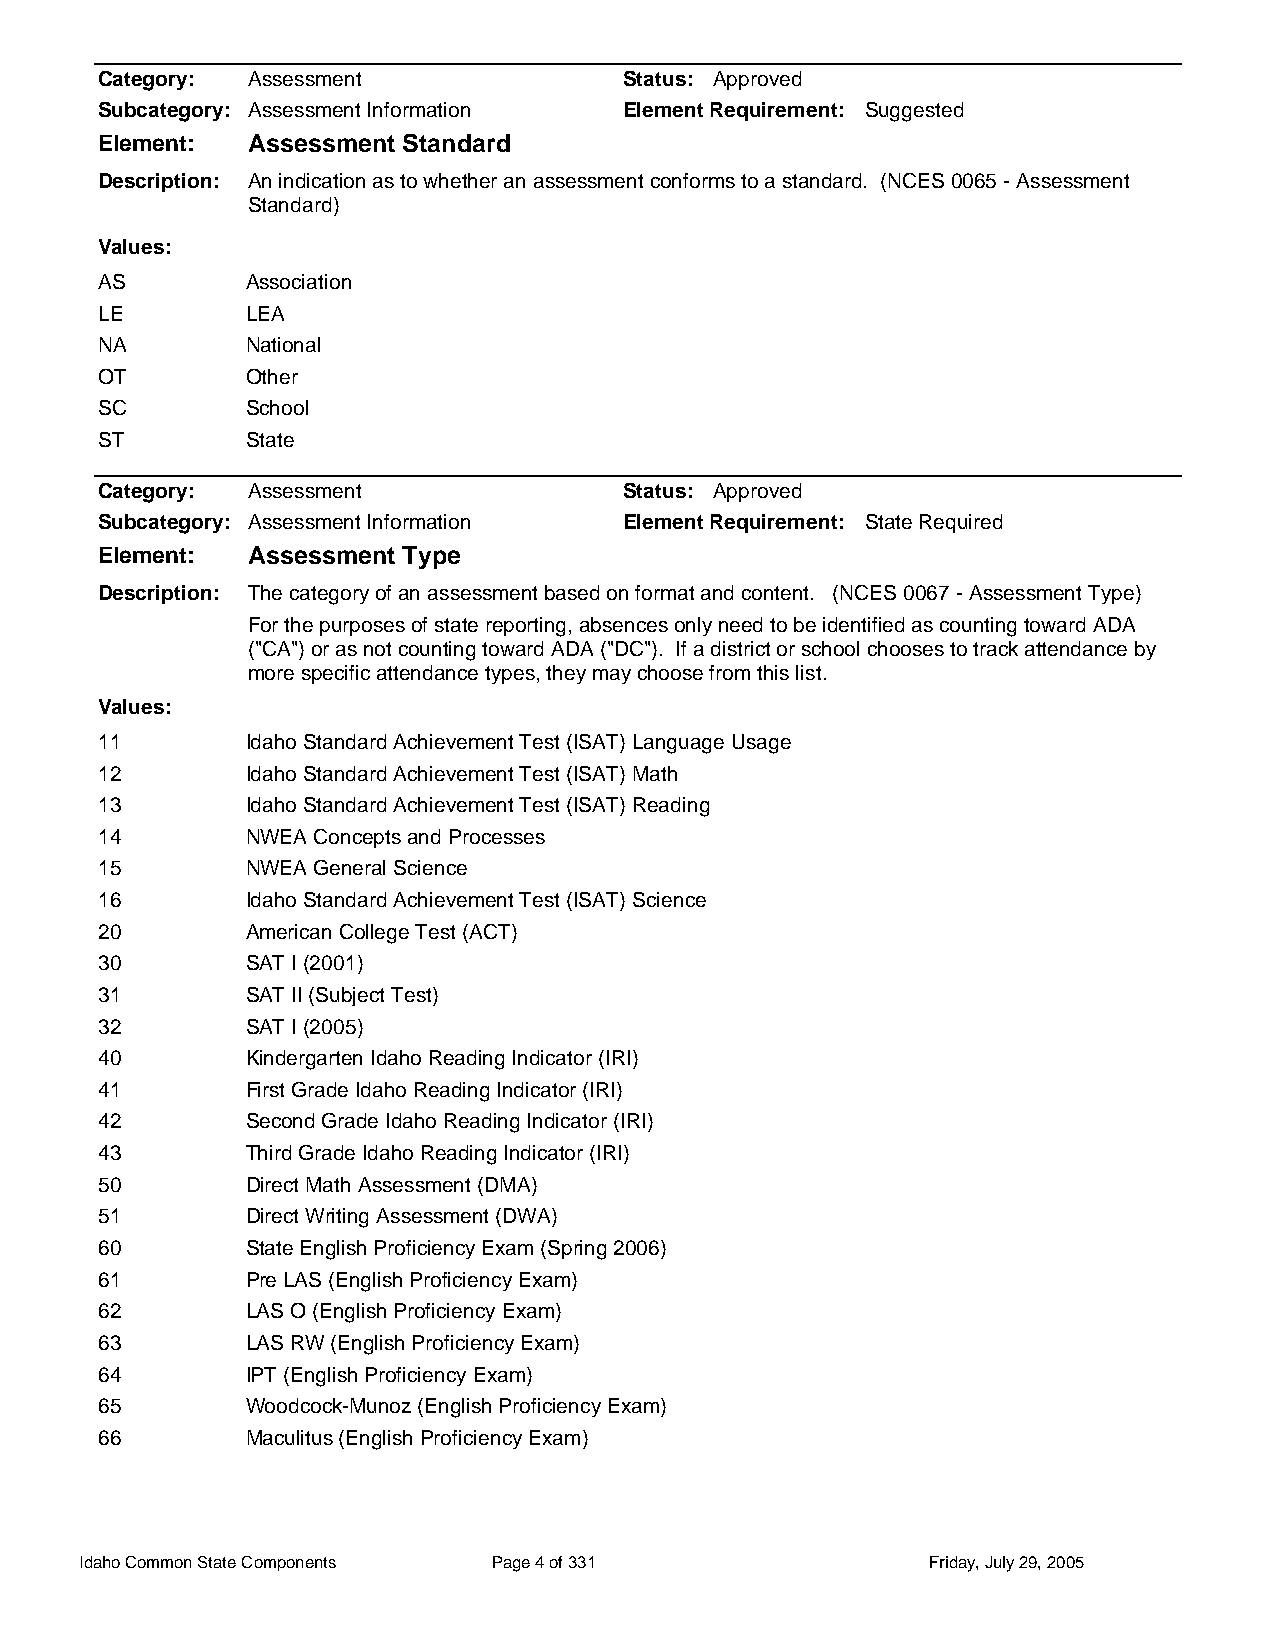
Category: Assessment               Status: Approved
 Subcategory: Assessment Information Element Requirement: Suggested
 Element:  Assessment Standard
 Description: An indication as to whether an assessment conforms to a standard. (NCES 0065 - Assessment
 Standard)
 Values:
 AS        Association
 LE        LEA
 NA        National
 OT        Other
 SC        School
 ST        State
 Category: Assessment               Status: Approved
 Subcategory: Assessment Information Element Requirement: State Required
 Element:  Assessment Type
 Description: The category of an assessment based on format and content. (NCES 0067 - Assessment Type)
 For the purposes of state reporting, absences only need to be identified as counting toward ADA
 ("CA") or as not counting toward ADA ("DC"). If a district or school chooses to track attendance by
 more specific attendance types, they may choose from this list.
 Values:
 11        Idaho Standard Achievement Test (ISAT) Language Usage
 12        Idaho Standard Achievement Test (ISAT) Math
 13        Idaho Standard Achievement Test (ISAT) Reading
 14        NWEA Concepts and Processes
 15        NWEA General Science
 16        Idaho Standard Achievement Test (ISAT) Science
 20        American College Test (ACT)
 30        SAT I (2001)
 31        SAT II (Subject Test)
 32        SAT I (2005)
 40        Kindergarten Idaho Reading Indicator (IRI)
 41        First Grade Idaho Reading Indicator (IRI)
 42        Second Grade Idaho Reading Indicator (IRI)
 43        Third Grade Idaho Reading Indicator (IRI)
 50        Direct Math Assessment (DMA)
 51        Direct Writing Assessment (DWA)
 60        State English Proficiency Exam (Spring 2006)
 61        Pre LAS (English Proficiency Exam)
 62        LAS O (English Proficiency Exam)
 63        LAS RW (English Proficiency Exam)
 64        IPT (English Proficiency Exam)
 65        Woodcock-Munoz (English Proficiency Exam)
 66        Maculitus (English Proficiency Exam)
 Idaho Common State Components Page 4 of 331             Friday, July 29, 2005